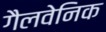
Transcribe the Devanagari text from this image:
गैलवेनिक